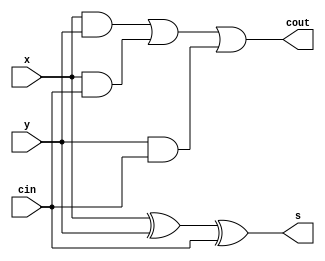
`timescale 1ns / 1ps

module full_add(
    input x, y, cin,
    output s, cout
    );
    
    assign s = x ^ y ^ cin;
    assign cout = (x & y) | (x & cin) | (y & cin);
    
endmodule

module csa_16(
    input [15:0] x, y, z, 
    output [15:0] s, c
    );
    genvar i;
    
    for (i = 0; i < 16; i = i + 1) begin
        full_add full_add_i(.x      (x[i]), 
                            .y      (y[i]),
                            .cin    (z[i]), 
                            .s      (s[i]),
                            .cout   (c[i])
                            );
    end
endmodule